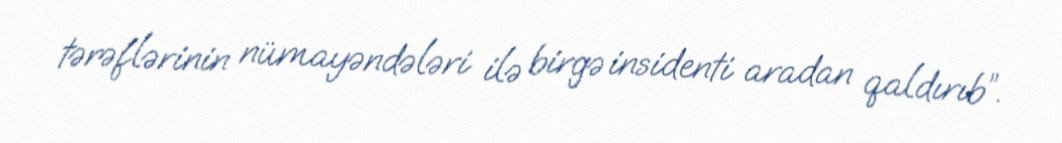
tərəflərinin nümayəndələri ilə birgə insidenti aradan qaldırıb”.